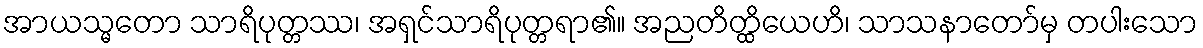
အာယသ္မတော သာရိပုတ္တဿ၊ အရှင်သာရိပုတ္တရာ၏။ အညတိတ္ထိယေဟိ၊ သာသနာတော်မှ တပါးသော